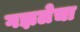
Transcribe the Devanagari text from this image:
गझलेचा